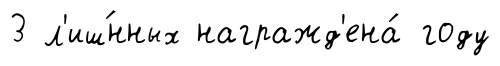
3 л'иш́нных награжд'ена́ году